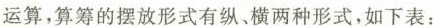
运算，算筹的摆放形式有纵横两种形式，如下表：